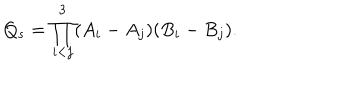
Q _ { s } = \prod _ { i < j } ^ { 3 } ( A _ { i } - A _ { j } ) ( B _ { i } - B _ { j } ) .